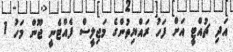
އަދި ޗުއްޓީ އަށް ފަހު ރައްޔިތުންގެ މަޖިލީސް ފެއްޓެނީ ޖޫން މަހު 1